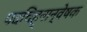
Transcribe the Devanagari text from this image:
पदचिह्‌नान्वेषक